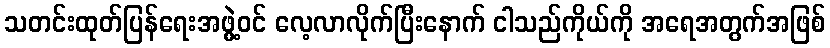
သတင်းထုတ်ပြန်ရေးအဖွဲ့ဝင် လေ့လာလိုက်ပြီးနောက် ငါသည်ကိုယ်ကို အရေအတွက်အဖြစ်